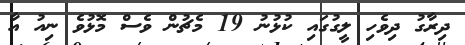
ދިރާގު ދިވެހި ލީގުގައި ކުޅުނު 19 މެޗުން ވެސް މޮޅުވެ ނިއު އާ